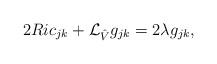
LaTeX: \begin{align*}2Ric_{jk}+\mathcal{L}_{\hat{V}} {g_{jk}}=2 \lambda g_{jk},\end{align*}